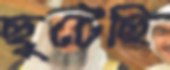
ছুটেছি